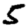
Digit: 5